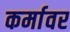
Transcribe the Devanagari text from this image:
कर्मावर